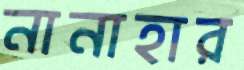
নানাহার